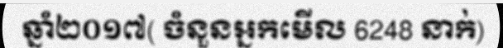
ឆ្នាំ២០១៧( ចំនួនអ្នកមើល 6248 នាក់)